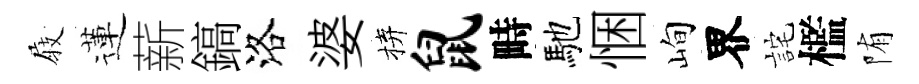
𡲆蓮薪鎬洛婆拚鼠畤馳悃峋界詫檻陏